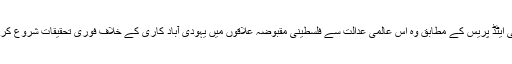
خبر رساں ادارے ایسوسی ایٹڈ پریس کے مطابق وہ اس عالمی عدالت سے فلسطینی مقبوضہ علاقوں میں یہودی آباد کاری کے خلاف فوری تحقیقات شروع کرنے کا مطالبہ کریں گے۔